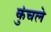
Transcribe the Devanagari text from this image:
कुंचले